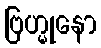
ဗြဟ္မုနော